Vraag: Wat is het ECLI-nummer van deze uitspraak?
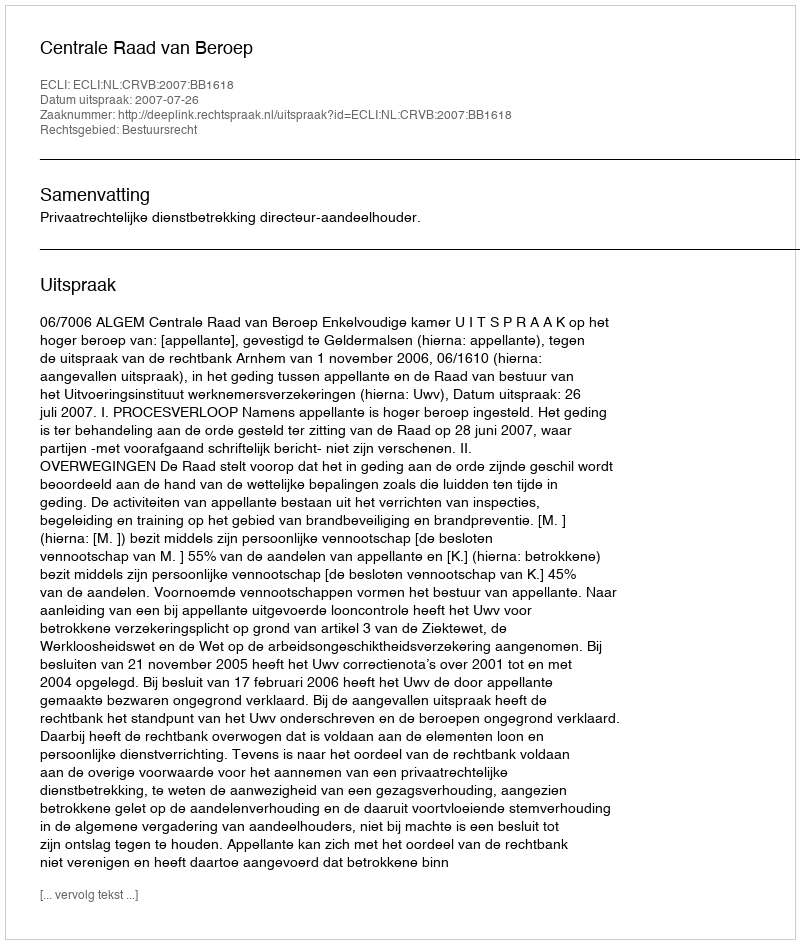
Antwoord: ECLI:NL:CRVB:2007:BB1618